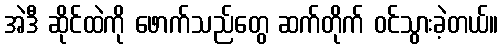
အဲဒီ ဆိုင်ထဲကို ဖောက်သည်တွေ ဆက်တိုက် ဝင်သွားခဲ့တယ်။